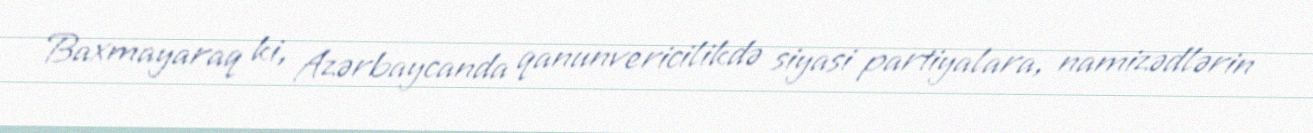
Baxmayaraq ki, Azərbaycanda qanunvericilikdə siyasi partiyalara, namizədlərin